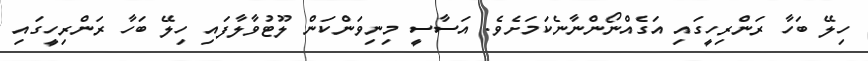
ހިލޭ ބަހާ ރަންރިހީގައި އަގެއްނޯންނާނެކަމަށެވެ. އަސާސީ މިނިވަންކަން ލޫޓުވާލާފައި ހިލޭ ބަހާ ރަންރިހީގައި